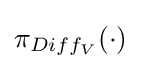
\pi _{Diff_{V}}(\cdot )